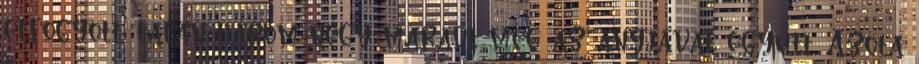
elfogyott, talán három-négy maradt meg az anyjával együtt. Azóta